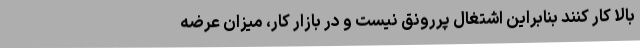
بالا کار کنند بنابراین اشتغال پررونق نیست و در بازار کار، میزان عرضه